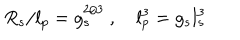
R _ { s } / l _ { p } = g _ { s } ^ { 2 / 3 } \ , \quad l _ { p } ^ { 3 } = g _ { s } l _ { s } ^ { 3 }